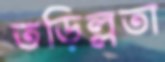
তড়িল্লতা